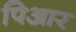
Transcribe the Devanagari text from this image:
पिआर